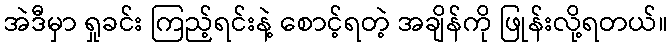
အဲဒီမှာ ရှုခင်း ကြည့်ရင်းနဲ့ စောင့်ရတဲ့ အချိန်ကို ဖြုန်းလို့ရတယ်။